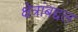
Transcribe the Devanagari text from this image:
क्षेत्रांबद्दल